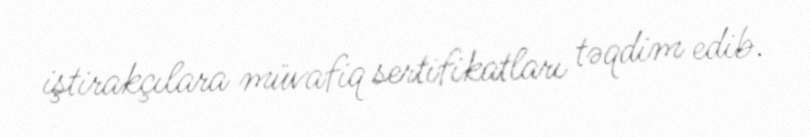
iştirakçılara müvafiq sertifikatları təqdim edib.